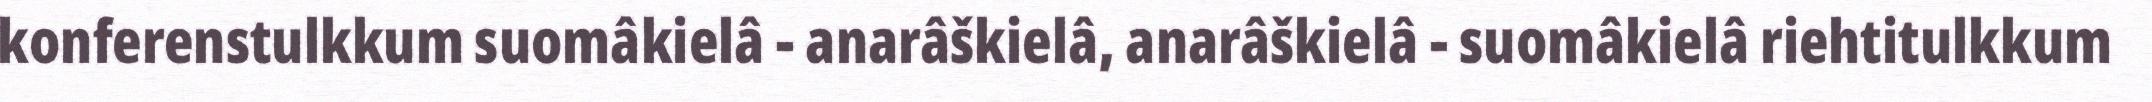
konferenstulkkum suomâkielâ - anarâškielâ, anarâškielâ - suomâkielâ riehtitulkkum